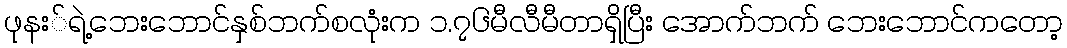
ဖုနး်ရဲ့ဘေးဘောင်နှစ်ဘက်စလုံးက ၁.၇၆မီလီမီတာရှိပြီး အောက်ဘက် ဘေးဘောင်ကတော့